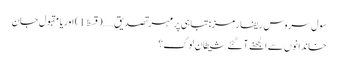
سول سروس ریفارمز:تباہی پر مہر تصدیق ……(قسط 1) اوریا مقبول جان
خاندانوں سے الجھنے آ گئے شیطان لوگ؟